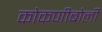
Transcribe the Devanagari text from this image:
कोकणीबोली